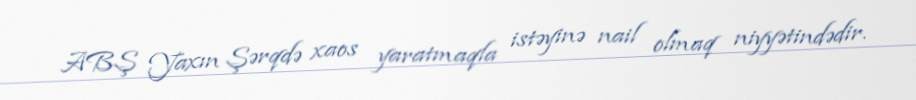
ABŞ Yaxın Şərqdə xaos yaratmaqla istəyinə nail olmaq niyyətindədir.